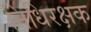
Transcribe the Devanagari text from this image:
निधिरक्षक